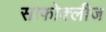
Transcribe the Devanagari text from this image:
साफोक्लीज